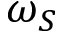
\omega _ { S }